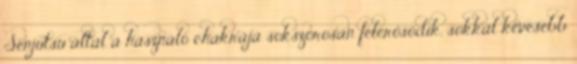
Senjutsu által a használó chakrája sokszorosan felerősödik, sokkal kevesebb